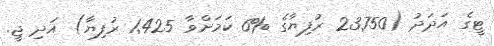
ޓީގެ އަދަދު (23